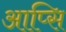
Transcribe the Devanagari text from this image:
आप्सि